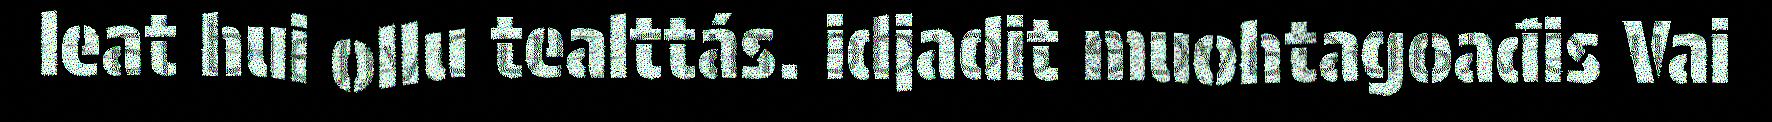
leat hui ollu tealttás. idjadit muohtagoađis Vai